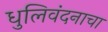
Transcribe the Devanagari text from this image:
धुलिवंदनाचा